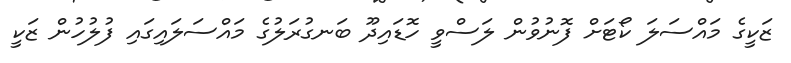
ޒަކީގެ މައްސަލަ ކޯޓަށް ފޮނުވުން ލަސްވީ ހޮޑައިދޫ ބަނގުރަލުގެ މައްސަލައިގައި ފުލުހުން ޒަކީ